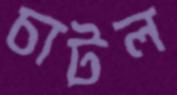
চাটল